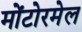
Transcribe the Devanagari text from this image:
मोंटोरमेल